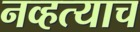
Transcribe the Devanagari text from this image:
नव्हत्याच